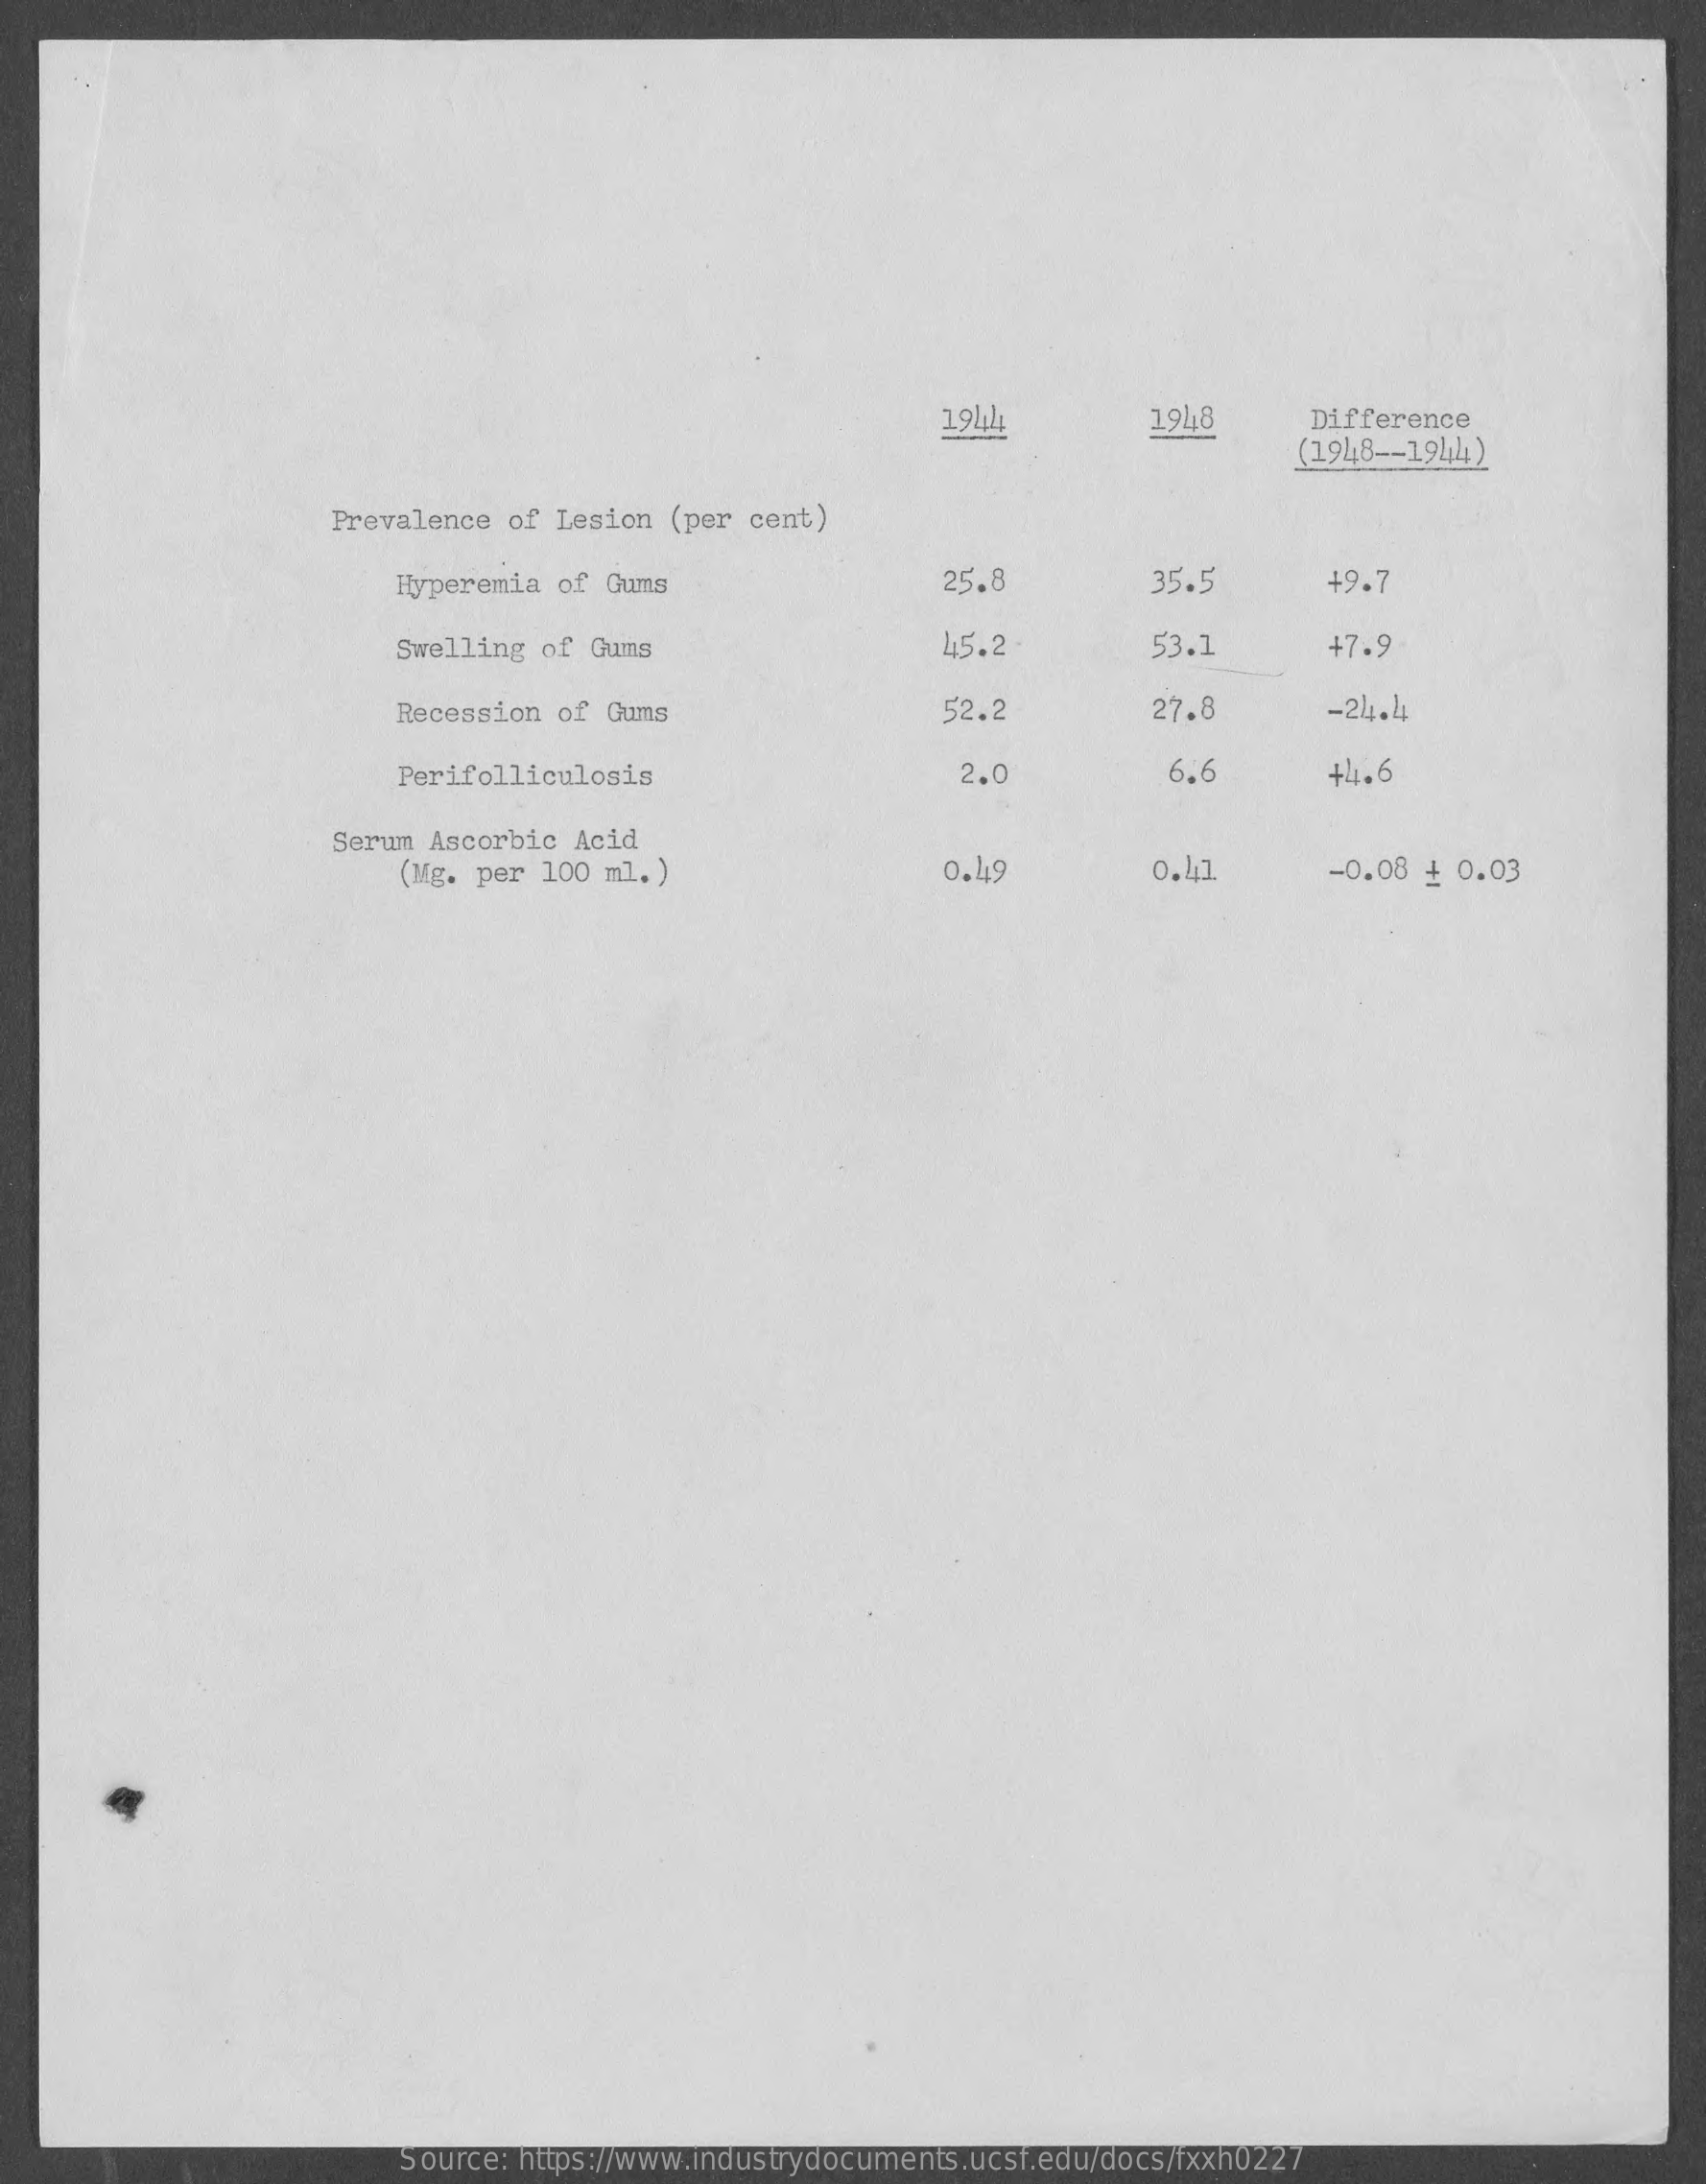
1944    1948    Difference
     (1948 -- 1944)
     Prevalence of Lesion  (per cent)
     Hyperemia of Gums    25.8    35.5    49.7
     Swelling of  Gums    45.2    53.1    +7.9
     Recession of  Gums    52.2    27.8    -24.4
     Perifolliculosis    2.0    6.6    +4.6
     Serum Ascorbic  Acid
     (Mg. per 100 ml. )    0.49    0.41    -0.08 + 0.03
     Source: https://www.industrydocuments.ucsf.edu/docs/fxxh0227